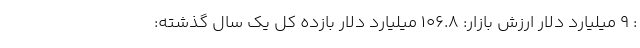
: ۹ میلیارد دلار ارزش بازار: ۱۰۶.۸ میلیارد دلار بازده کل یک سال گذشته: